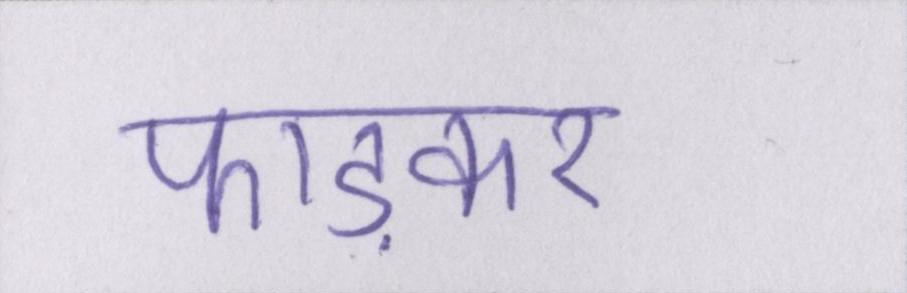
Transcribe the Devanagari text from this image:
फाड़कर